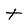
Character: t